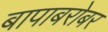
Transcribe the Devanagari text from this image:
बापाबरोबर